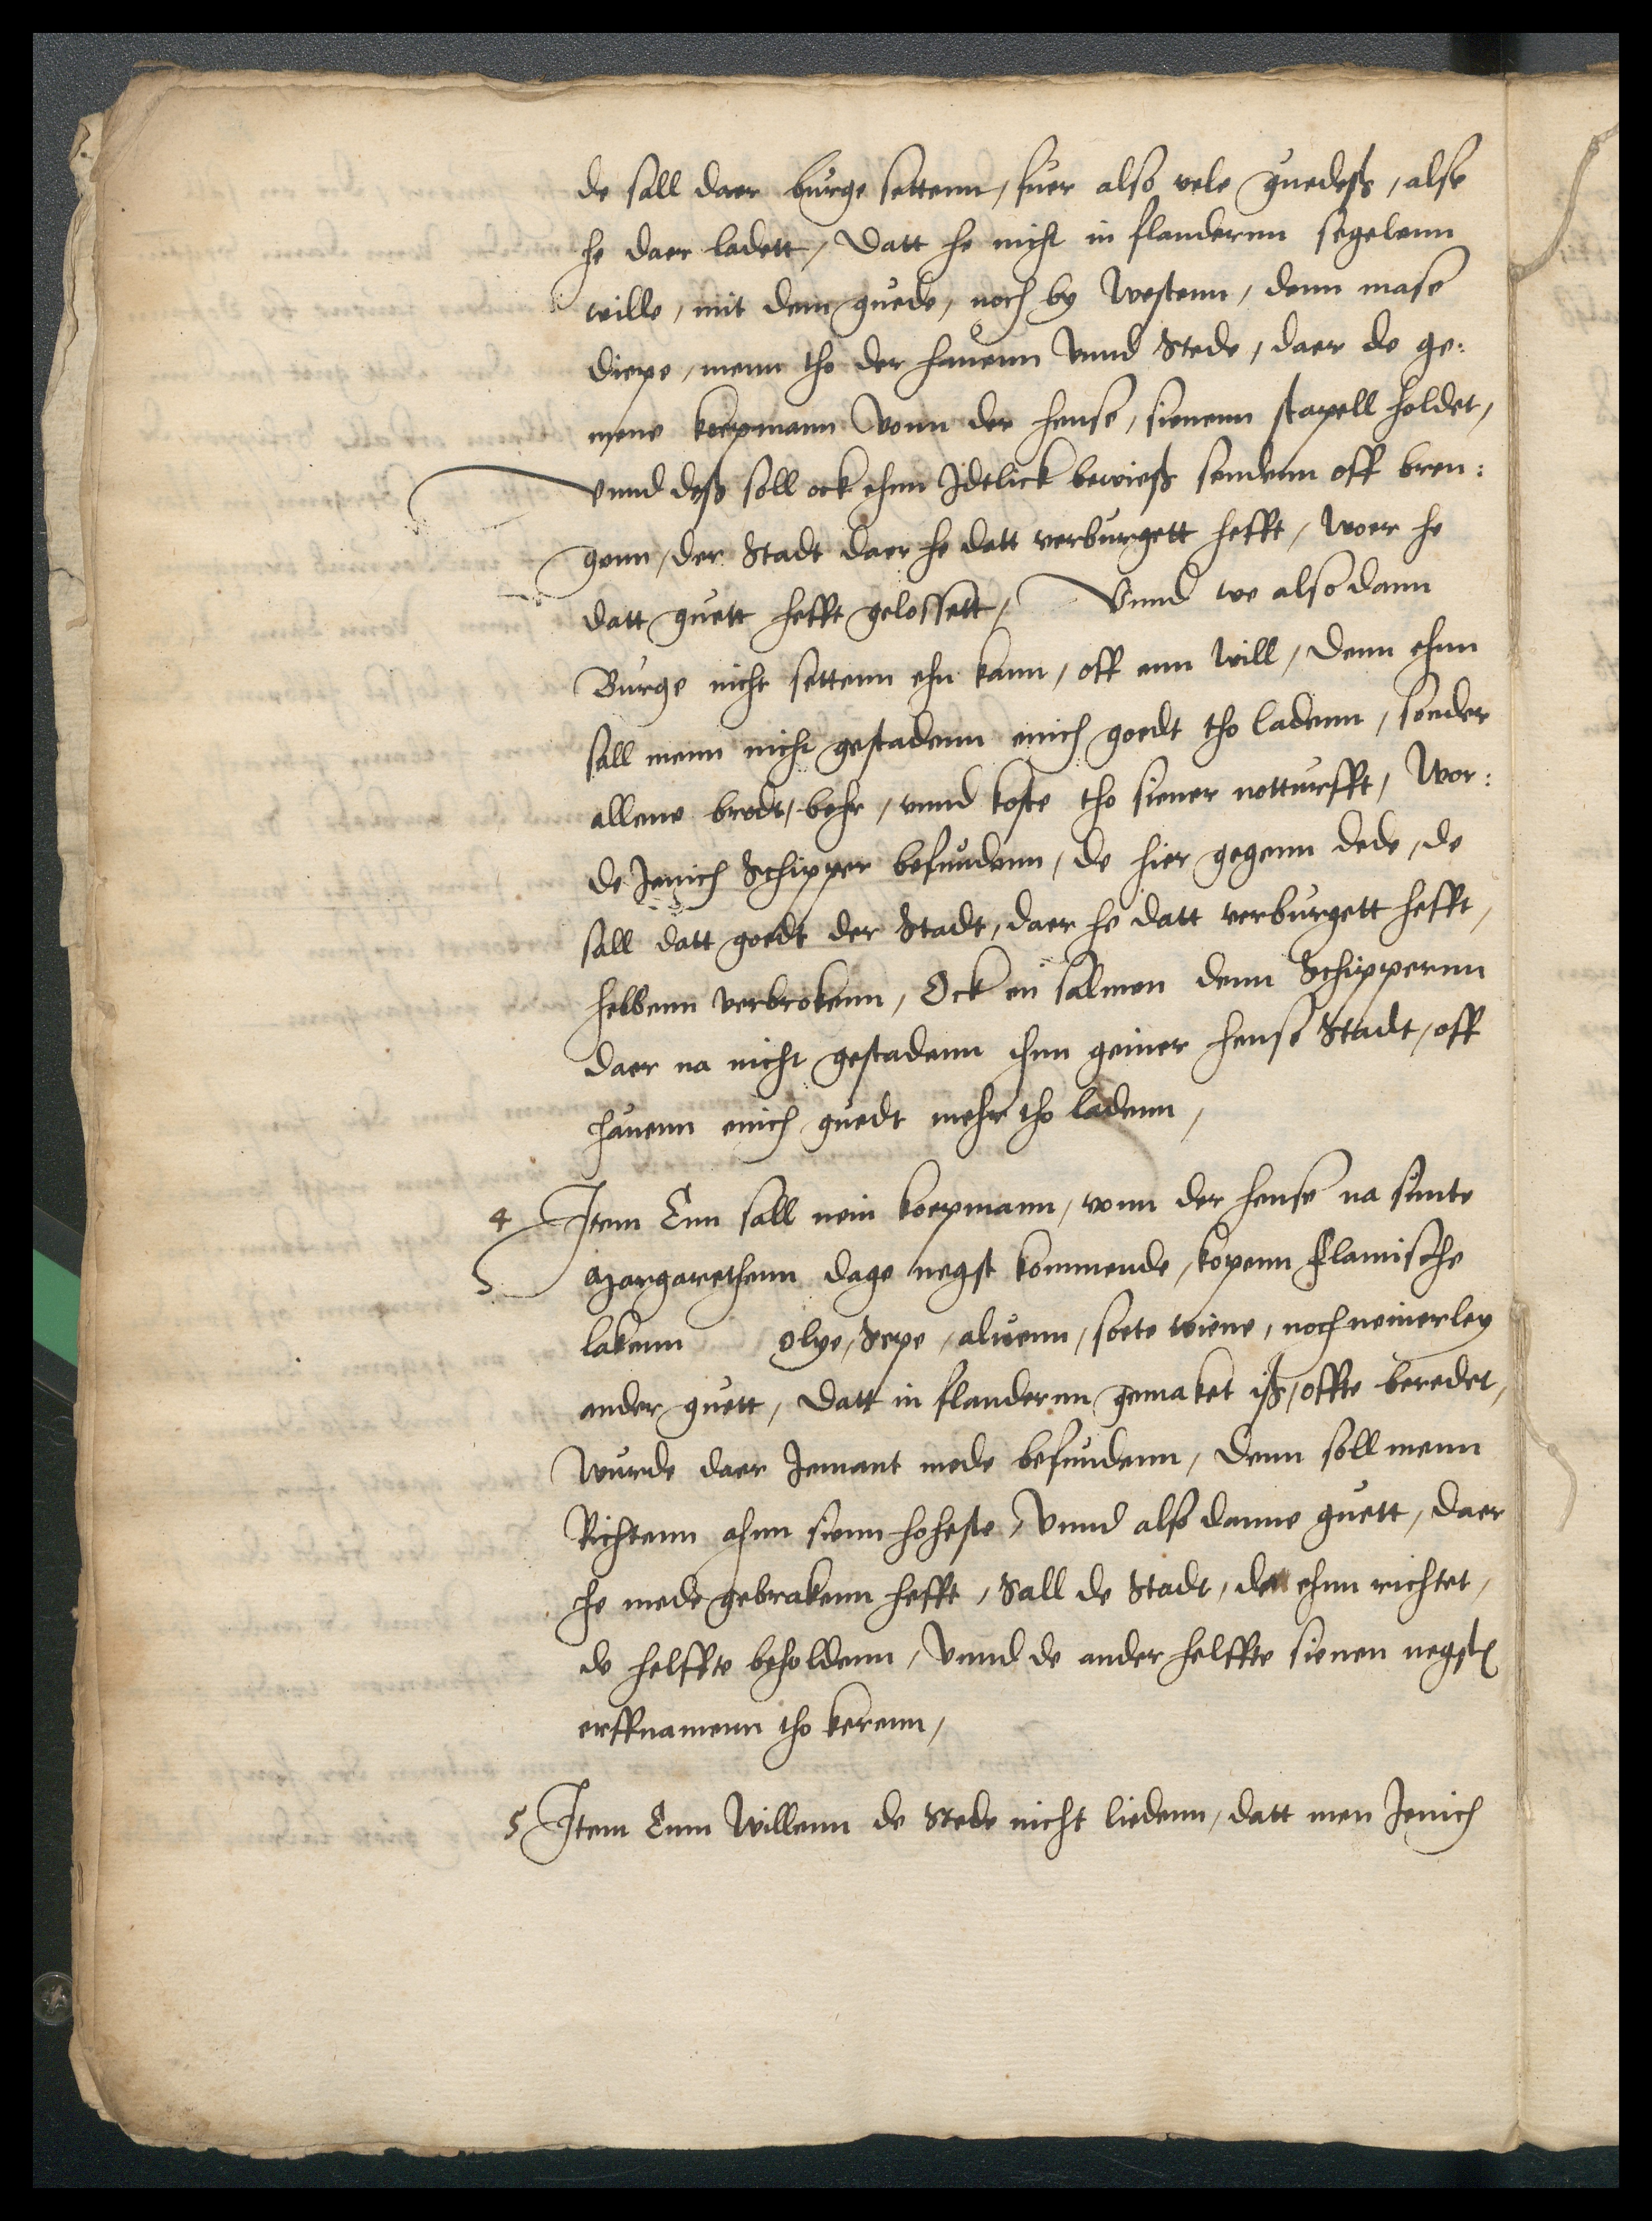
de sall daer burge settenn, fuer also vele guedeß, alse
he daer ladett, datt he nicht in Flanderen segelenn
wille, mit dem guede, noch by Westenn, denn mase
diepe, menn tho der hauenn vnnd Stede, daer de ge¬
mene koepmann vonn der hense, sienenn stapell holdet,
vnd deß soll ock ehnn Idtlick bewieß sendenn off bren¬
genn, der Stadt daer he datt verburgett hefft, woer he
datt guett hefft gelossett, Vnnd we also dann
Burge nicht settenn ehn kann, off enn will, denn ehnn
sall menn nicht gestadenn enich goedt tho ladenn, sonder
allene brodt, behr, vnnd koste tho siener notturfft, wor¬
de Jenich Schipper befundenn, de hier gegenn dede, de
sall datt goedt der Stadt, daer he datt verburgett hefft,
hebbenn verbrokenn, Ock en salmen denn Schippernn
daer na nicht gestadenn ihnn geiner hense Stadt, off
hauenn enich guedt mehr tho ladenn,

4 Item Enn sall nein koepmann, vonn der hense na sunte
Margarethenn dage negst kommende, kopenn Flamische
lakenn olye, Sepe, aluenn, soete wiene, noch neinerley
ander guett, datt in flandernn gemaket iß, offte beredet,
wurde daer Jemant mede befundenn, denn soll menn
Richtenn ahnn sienn hoheste, vnnd also denne guett, daer
he mede gebrakenn hefft, Sall de Stadt, da ehnn richtet,
de helffte beholdenn, vnnd de ander helffte sienen negsten
erffnamenn tho kerenn,

5 Item Enn Willenn de Stede nicht liden, datt men Jenich